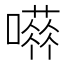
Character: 𡁐